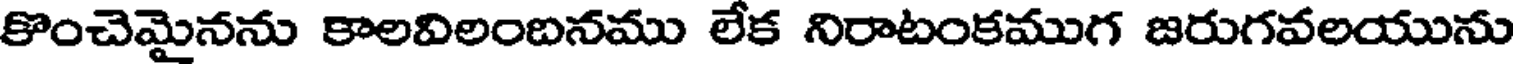
కొంచెమైనను కాలవిలంబనము లేక నిరాటంకముగ జరుగవలయును